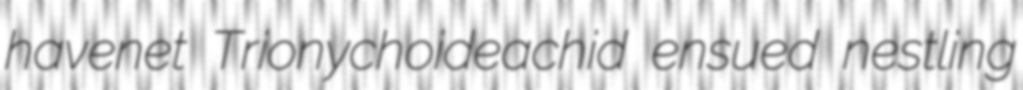
havenet Trionychoideachid ensued nestling